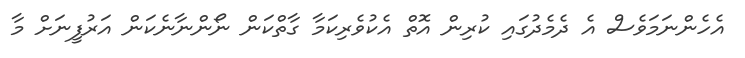
އެހެންނަމަވެސް އެ ދެމެދުގައި ކުރިން އޮތް އެކުވެރިކަމާ ގާތްކަން ނޯންނާނެކަން އަރުފީނަށް މާ